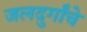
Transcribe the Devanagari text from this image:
जलदुर्गांचे